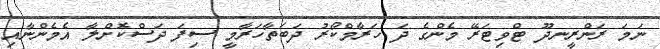
ނަމަ ރަންރީނދޫ ޓްވިޓަރޭ މެންގެ ދަ ހަރާމްކޯރު ދަބަތާހަރާމީ ސިފަ ދަސްކޮށްލާ އެމެންނާއި